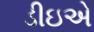
ડીઇએ